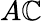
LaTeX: A\mathbb{C}